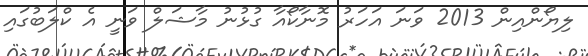
ލިޔޯންއިން 2013 ވަނަ އަހަރު މޮނާކޯއާ ގުޅުނު މާޝަލް ވަނީ އެ ކްލަބުގައި